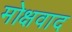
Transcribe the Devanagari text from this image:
मोक्षवाद